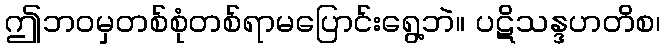
ဤဘဝမှတစ်စုံတစ်ရာမပြောင်းရွေ့ဘဲ။ ပဋိသန္ဒဟတိစ၊